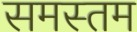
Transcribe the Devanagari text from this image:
समस्तम